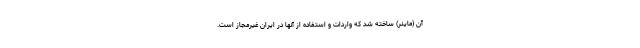
آن (ماینر) ساخته شد که واردات و استفاده از آنها در ایران غیرمجاز است.